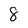
Character: 8